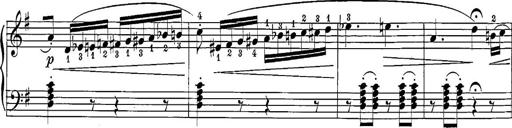
Title: 12 Sonatine per Pianoforte
Composer: Friedrich Kuhlau